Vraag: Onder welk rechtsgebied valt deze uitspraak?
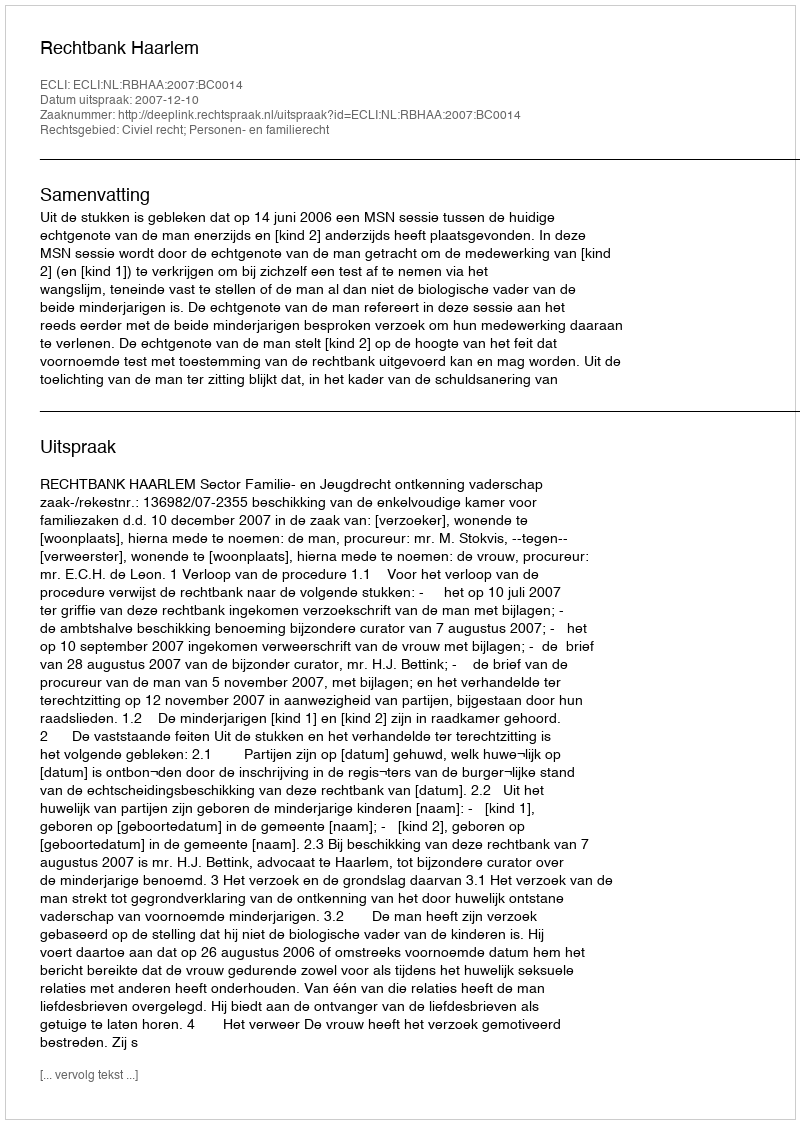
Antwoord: Civiel recht; Personen- en familierecht